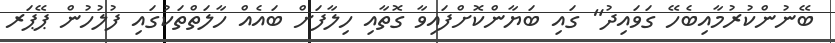
ބޭނުންކުރުމާއިބެހޭ ގަވައިދު" ގައި ބަޔާންކޮށްފައިވާ ގޮތާއި ހިލާފަށް ބައެއް ހާލަތްތަކުގައި ފުލުހުން ޕޭޕަރ